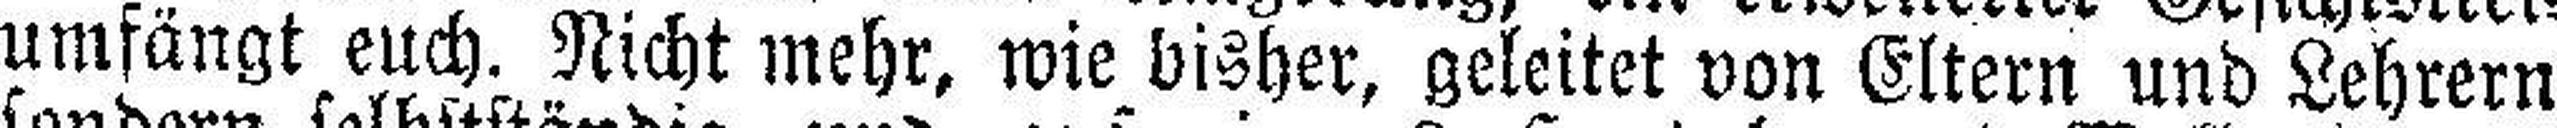
umfängt euch. Nicht mehr, wie bisher, geleitet von Eltern und Lehrern